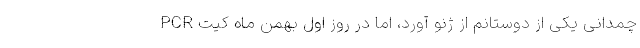
چمدانی یکی از دوستانم از ژنو آورد، اما در روز اول بهمن ماه کیت PCR